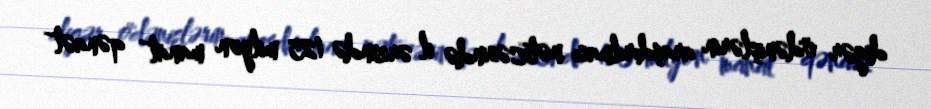
digər ödənişlərin araşdırılması nəticəsində il ərzində 125 milyon manat qənaət